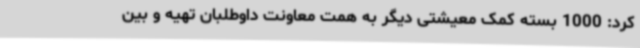
کرد: 1000 بسته کمک معیشتی دیگر به همت معاونت داوطلبان تهیه و بین